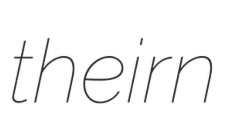
theirn